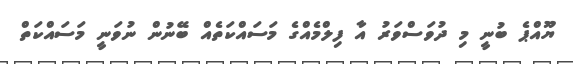
ޔޫއްޕެ ބުނީ މި ދުވަސްވަރު އާ ފިލްމެއްގެ މަސައްކަތެއް ބޭނުން ނުވަނީ މަސައްކަތް